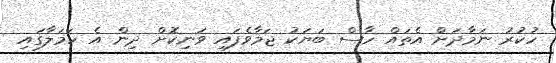
ހުކުރު ނަމާދަށް އެތައް ހާސް ބަޔަކު ޖަމާވެފައި ވަނިކޮށް ދިން އެ ހަމަލާގައި